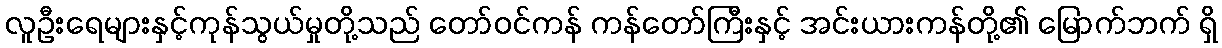
လူဦးရေများနှင့်ကုန်သွယ်မှုတို့သည် တော်ဝင်ကန် ကန်တော်ကြီးနှင့် အင်းယားကန်တို့၏ မြောက်ဘက် ရှိ